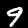
Label: 9